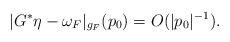
LaTeX: \begin{align*} | G^{*} \eta - \omega_F |_{g_F} (p_0) = O(|p_0|^{-1}) .\end{align*}